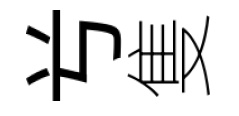
𠔃隻